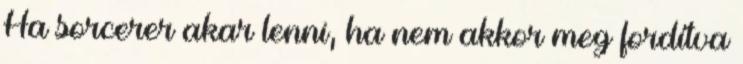
Ha sorcerer akar lenni, ha nem akkor meg fordítva